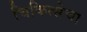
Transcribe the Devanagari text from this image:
चिकित्सेचा